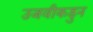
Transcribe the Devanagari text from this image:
उजवीकडुन